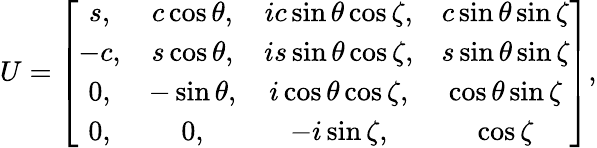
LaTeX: U=\left[\begin{array}{cccc}{{s,}}&{{c\cos{\theta},}}&{{ic\sin\theta\cos\zeta,}}&{{c\sin\theta\sin\zeta}}\\ {{-c,}}&{{s\cos\theta,}}&{{is\sin\theta\cos\zeta,}}&{{s\sin\theta\sin\zeta}}\\ {{0,}}&{{-\sin\theta,}}&{{i\cos\theta\cos\zeta,}}&{{\cos\theta\sin\zeta}}\\ {{0,}}&{{0,}}&{{-i\sin\zeta,}}&{{\cos\zeta}}\end{array}\right],